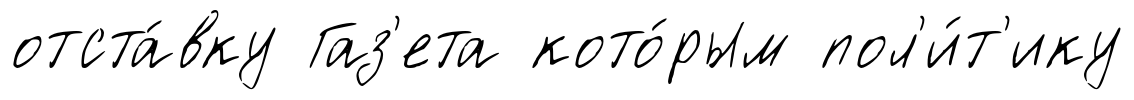
отста́вку Газ'ета кото́рым пол'и́т'ику